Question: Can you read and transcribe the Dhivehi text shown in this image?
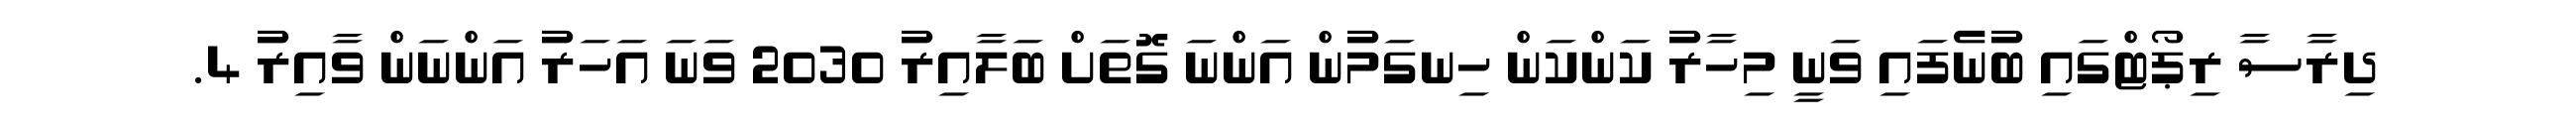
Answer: ދިރާސާ ރިޕޯޓްގައި ބުނެފައި ވަނީ މިހާރު ކަންކަން ހިނގަމުން އަންނަ ގޮތަށް ބަލާއިރު 2030 ވަނަ އަހަރު އަންނަން ވާއިރު 4.